Anatomy and histology of ticks - Number 23
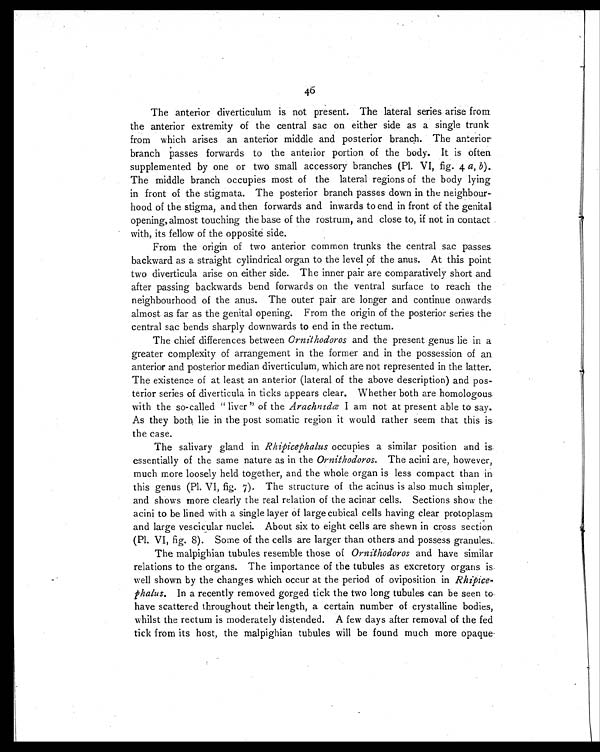
46
The anterior diverticulum is not present. The lateral series arise from
the anterior extremity of the central sac on either side as a single trunk
from which arises an anterior middle and posterior branch. The anterior
branch passes forwards to the anterior portion of the body. It is often
supplemented by one or two small accessory branches (Pl. VI, fig. 4 a, b).
The middle branch occupies most of the lateral regions of the body lying
in front of the stigmata. The posterior branch passes down in the neighbour-
hood of the stigma, and then forwards and inwards to end in front of the genital
opening, almost touching the base of the rostrum, and close to, if not in contact
with, its fellow of the opposite side.
From the origin of two anterior common trunks the central sac passes
backward as a straight cylindrical organ to the level of the anus. At this point
two diverticula arise on either side. The inner pair are comparatively short and
after passing backwards bend forwards on the ventral surface to reach the
neighbourhood of the anus. The outer pair are longer and continue onwards
almost as far as the genital opening. From the origin of the posterior series the
central sac bends sharply downwards to end in the rectum.
The chief differences between Ornithodoros and the present genus lie in a
greater complexity of arrangement in the former and in the possession of an
anterior and posterior median diverticulum, which are not represented in the latter.
The existence of at least an anterior (lateral of the above description) and pos-
terior series of diverticula in ticks appears clear. Whether both are homologous
with the so-called "liver" of the Arachnidæ I am not at present able to say.
As they both lie in the post somatic region it would rather seem that this is
the case.
The salivary gland in Rhipicephalus occupies a similar position and is
essentially of the same nature as in the Ornithodoros. The acini are, however,
much more loosely held together, and the whole organ is less compact than in
this genus (Pl. VI, fig. 7). The structure of the acinus is also much simpler,
and shows more clearly the real relation of the acinar cells. Sections show the
acini to be lined with a single layer of large cubical cells having clear protoplasm
and large vescicular nuclei. About six to eight cells are shewn in cross section
(Pl. VI, fig. 8). Some of the cells are larger than others and possess granules.
The malpighian tubules resemble those of Ornithodoros and have similar
relations to the organs. The importance of the tubules as excretory organs is
well shown by the changes which occur at the period of oviposition in Rhipice-
phalus.I n a r e c e n t l y r e m o v e d g o r g e d t i c k t h e t w o l o n g t u b u l e s c a n b e s e e n t o
have scattered throughout their length, a certain number of crystalline bodies,
whilst the rectum is moderately distended. A few days after removal of the fed
tick from its host, the malpighian tubules will be found much more opaque